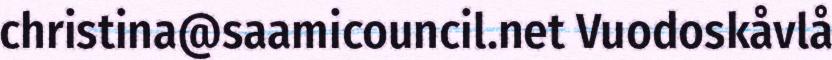
christina@saamicouncil.net Vuodoskåvlå